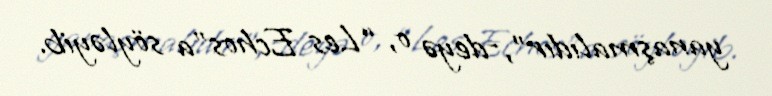
yanaşmalıdır”,-deyə o, “Les Echos”a söyləyib.